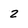
Character: 2